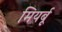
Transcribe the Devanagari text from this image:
मियर्बू